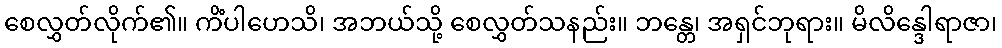
စေလွှတ်လိုက်၏။ ကိံပါဟေသိ၊ အဘယ်သို့ စေလွှတ်သနည်း။ ဘန္တေ၊ အရှင်ဘုရား။ မိလိန္ဒေါရာဇာ၊